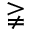
\gneqq